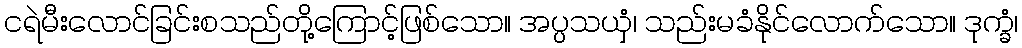
ငရဲမီးလောင်ခြင်းစသည်တို့ကြောင့်ဖြစ်သော။ အပ္ပသယှံ၊ သည်းမခံနိုင်လောက်သော။ ဒုက္ခံ၊